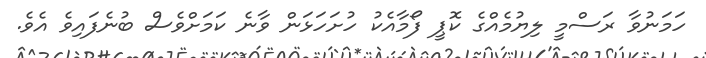
ހަމަނުވާ ރަސްމީ ލިޔުމެއްގެ ކޮޕީ ފޯމާއެކު ހުށަހަޅަން ވާނެ ކަމަށްވެސް ބުނެފައިވެ އެވެ.